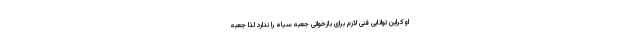
اوکراین توانایی فنی لازم برای بازخوانی جعبه سیاه را ندارد لذا جعبه